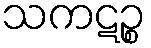
သကဋဉ္စ